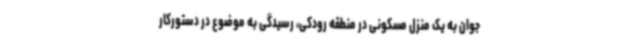
جوان به یک منزل مسکونی در منطقه رودکی، رسیدگی به موضوع در دستورکار